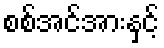
စစ်အင်အားနှင့်